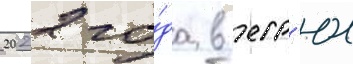
2022 го́да в егр'юл